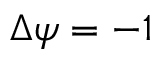
\Delta \psi = - 1